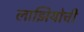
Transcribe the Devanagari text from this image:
लाझियोची